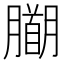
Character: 𭩍